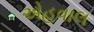
એહવાલ